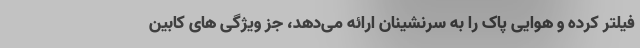
فیلتر کرده و هوایی پاک را به سرنشینان ارائه می‌دهد، جز ویژگی های کابین